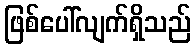
ဖြစ်ပေါ်လျက်ရှိသည်